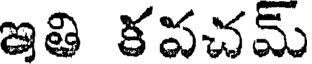
ఇతి కపచమ్